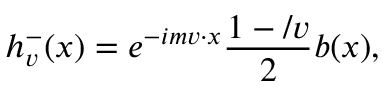
h _ { v } ^ { - } ( x ) = e ^ { - i m v \cdot x } \frac { 1 - \slash v } { 2 } b ( x ) ,